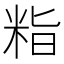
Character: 𮇖